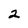
Character: 2